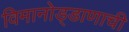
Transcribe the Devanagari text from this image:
विमानोड्डाणाची